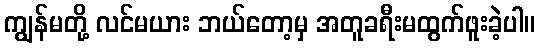
ကျွန်မတို့ လင်မယား ဘယ်တော့မှ အတူခရီးမထွက်ဖူးခဲ့ပါ။